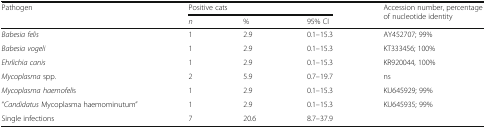
<table><thead><tr><td rowspan="2"><b>Pathogen</b></td><td colspan="3"><b>Positive cats</b></td><td rowspan="2"><b>Accession number, percentage of nucleotide identity</b></td></tr><tr><td><b><i>n</i></b></td><td><b>%</b></td><td><b>95% CI</b></td></tr></thead><tbody><tr><td><i>Babesia felis</i></td><td>1</td><td>2.9</td><td>0.1–15.3</td><td>AY452707; 99%</td></tr><tr><td><i>Babesia vogeli</i></td><td>1</td><td>2.9</td><td>0.1–15.3</td><td>KT333456; 100%</td></tr><tr><td><i>Ehrlichia canis</i></td><td>1</td><td>2.9</td><td>0.1–15.3</td><td>KR920044, 100%</td></tr><tr><td><i>Mycoplasma</i> spp.</td><td>2</td><td>5.9</td><td>0.7–19.7</td><td>ns</td></tr><tr><td><i>Mycoplasma haemofeli</i>s</td><td>1</td><td>2.9</td><td>0.1–15.3</td><td>KU645929; 99%</td></tr><tr><td>“<i>Candidatus</i> Mycoplasma haemominutum”</td><td>1</td><td>2.9</td><td>0.1–15.3</td><td>KU645935; 99%</td></tr><tr><td>Single infections</td><td>7</td><td>20.6</td><td>8.7–37.9</td><td></td></tr></tbody></table>